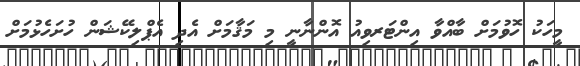
މީހަކު ހޮވުމަށް ބާއްވާ އިންޓަރވިއު އޮންނާނީ މި މަޤާމަށް އެދި އެޕްލިކޭޝަން ހުށަހެޅުމަށް